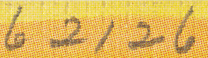
62126